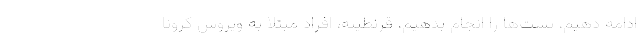
ادامه دهیم، تست‌ها را انجام بدهیم، قرنطینه، افراد مبتلا به ویروس کرونا